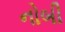
નોબી